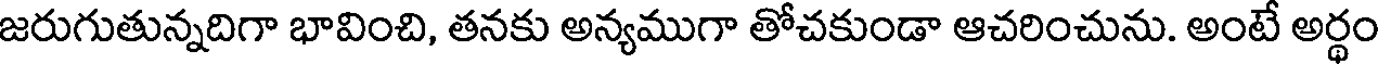
జరుగుతున్నదిగా భావించి, తనకు అన్యముగా తోచకుండా ఆచరించును. అంటే అర్థం